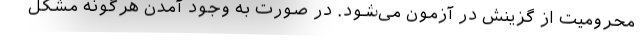
محرومیت از گزینش در آزمون می‌شود. در صورت به وجود آمدن هرگونه مشکل